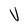
Character: V